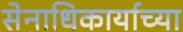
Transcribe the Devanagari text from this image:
सेनाधिकार्याच्या